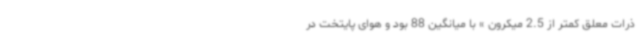
ذرات معلق کمتر از 2.5 میکرون » با میانگین 88 بود و هوای پایتخت در